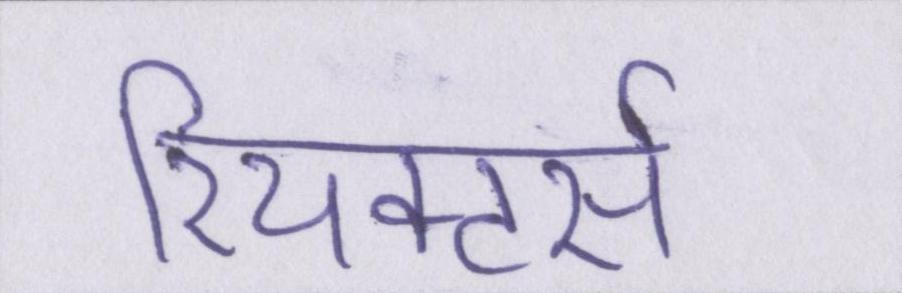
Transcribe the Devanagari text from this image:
रियक्टर्स